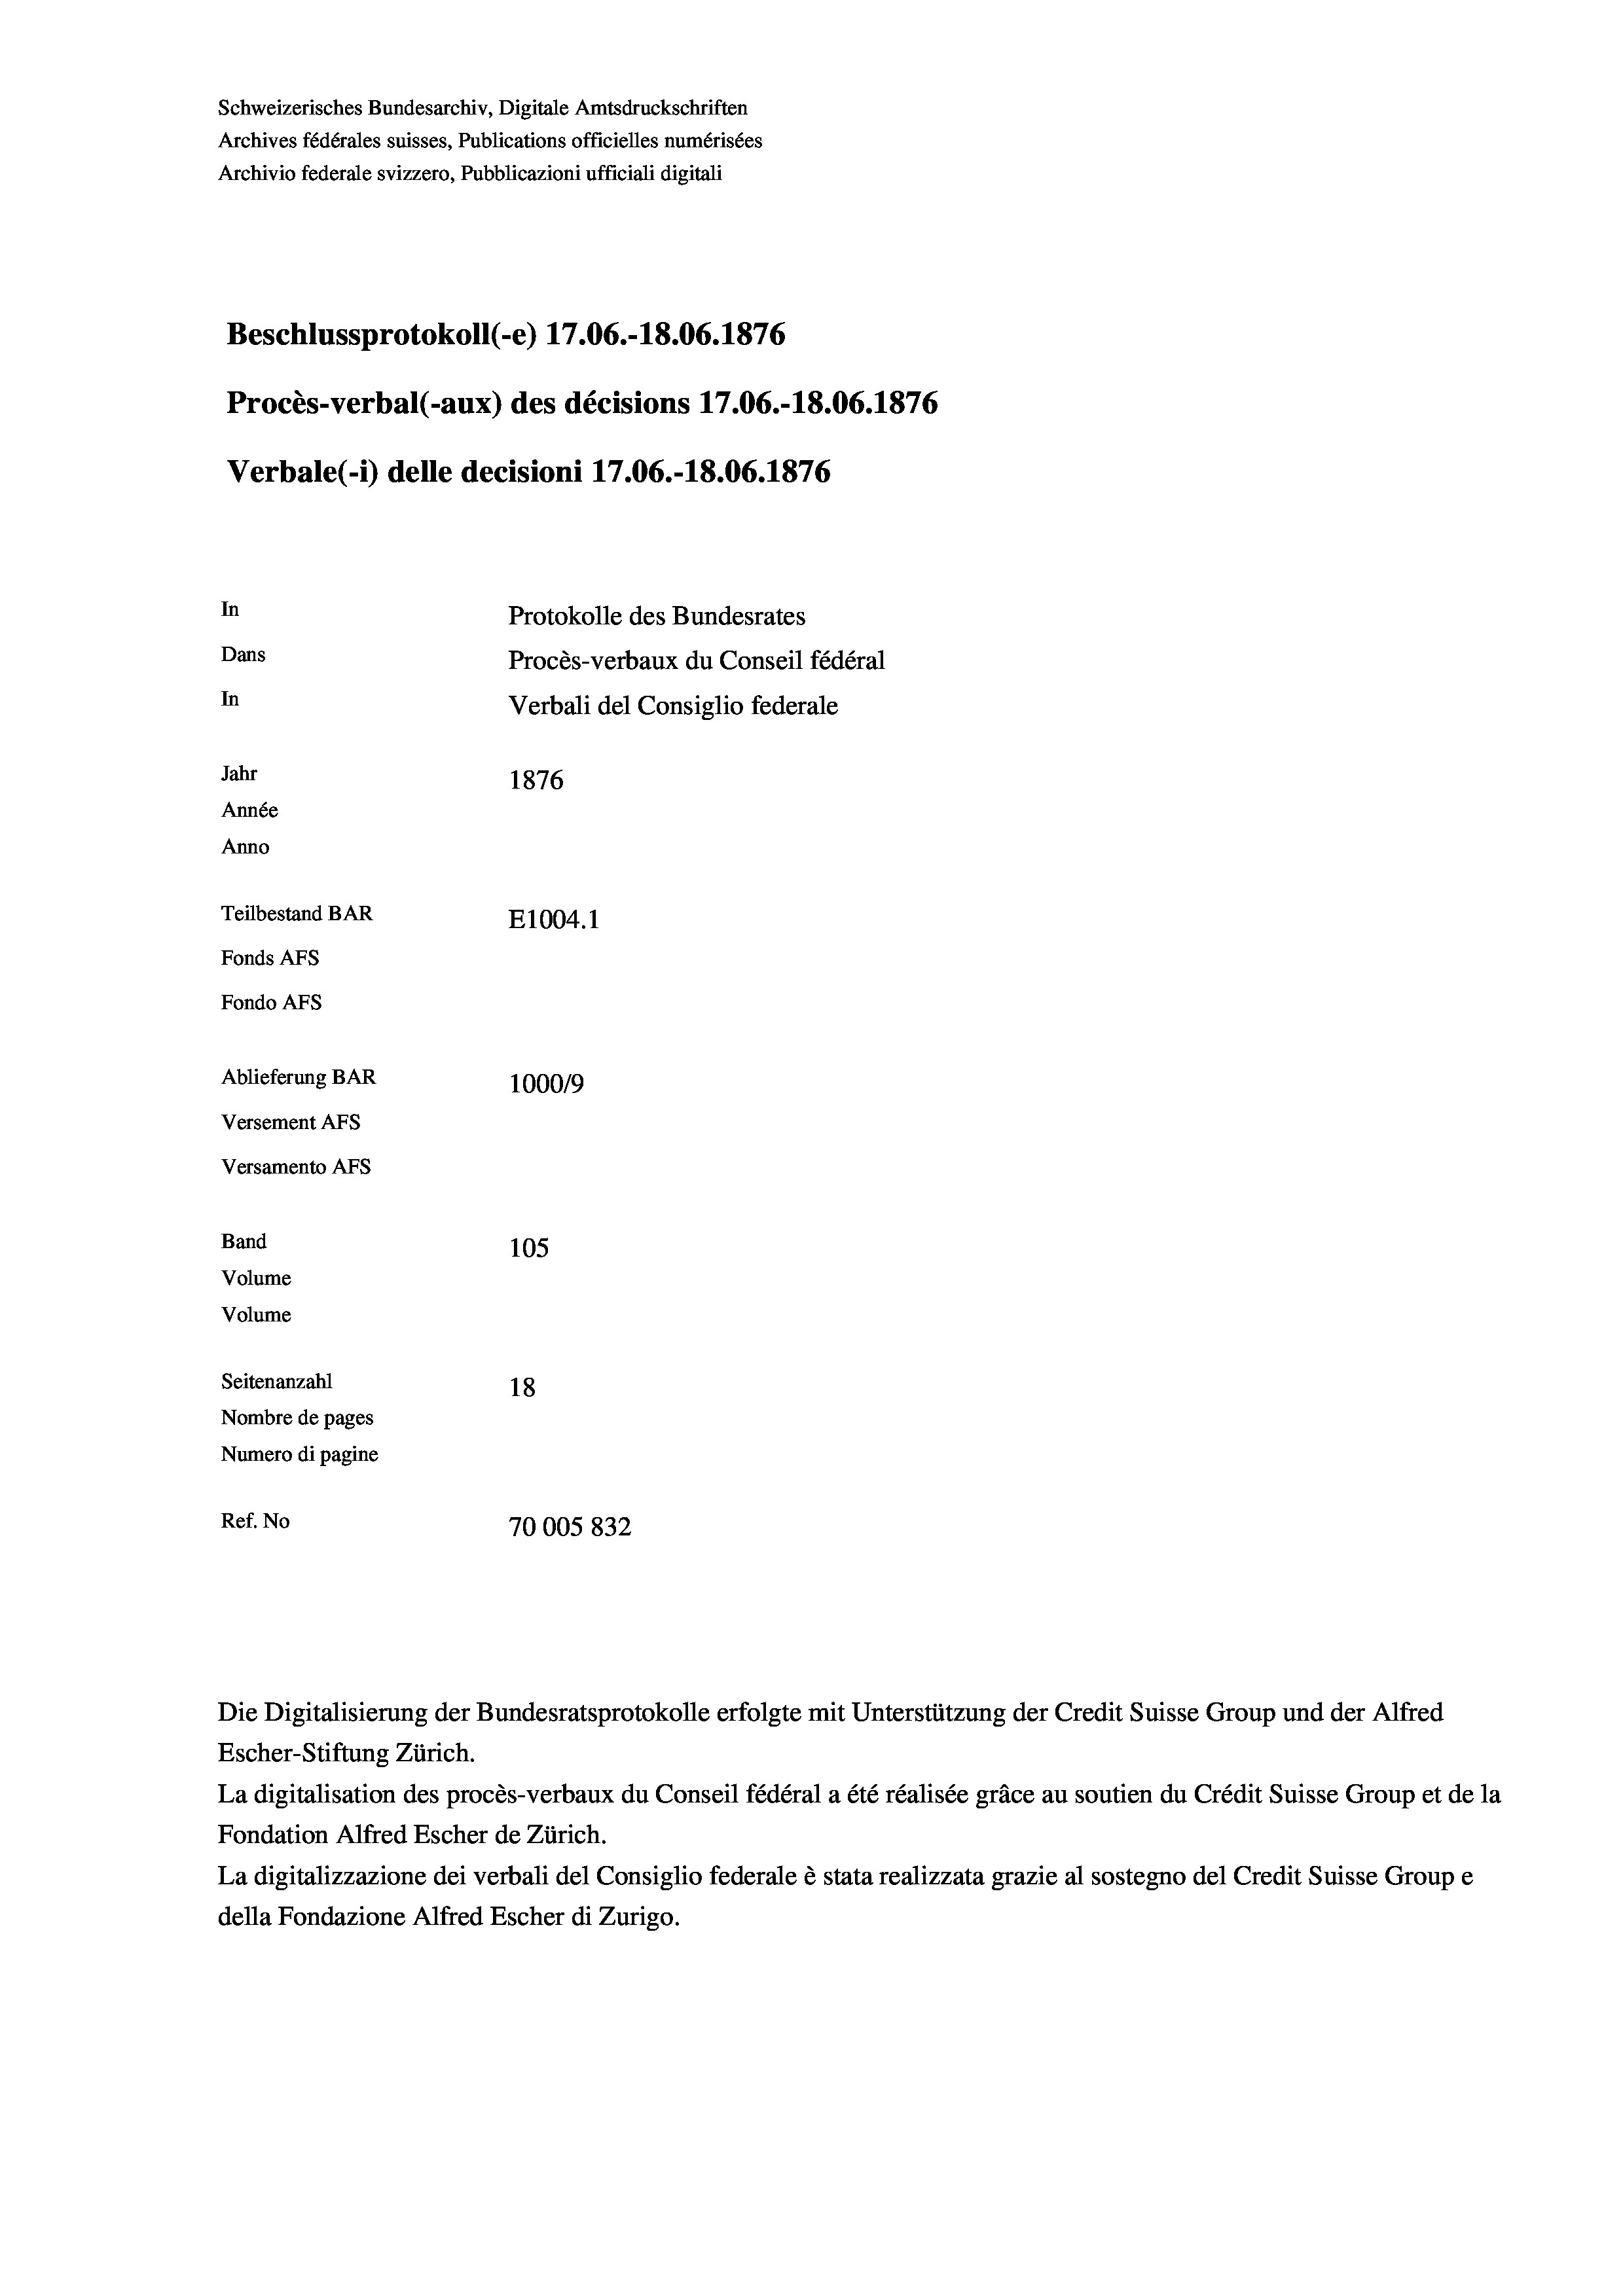
Schweizerisches Bundesarchiv, Digitale Amtsdruckschriften
Archives fédérales suisses, Publications officielles numérisées
Archivio federale svizzero, Pubblicazioni ufficiali digitali
Beschlussprotokoll (-e) 17.06.-18.06. 1876
Procès-verbal (-aux) des décisions 17.06.-18.06. 1876
Verbale(-*) delle decisioni 17.06.-18.06. 1876
In
Protokolle des Bundesrates
Dans
Procès-verbaux du Conseil fédéral
In
Verbali del Consiglio federale
Jahr
1876
Année
Anno
Teilbestand BAR
E1004.1
Fonds AFs
Fondo Afs
Ablieferung BAR
100019
Versement AFs
Versamento Afs
Band
105
Volume
Volume

Seitenanzahl
18
Nombre de pages
Numero di pagine
Ref. No
70005 832

Escher-Stiftung Zürich.
La digitalisation des procès-verbaux du Conseil fédéral a été réalisée gräce au soutien du Crédit Suisse Group et de la
Fondation Alfred Escher de Zürich.
La digitalizzazione dei verbali del Consiglio federale è stata realizzata grazie al sostegno del Credit Suisse Groupe
della Fondazione Alfred Escher di Zurigo.

Die Digitalisierung der Bundesratsprotokolle erfolgte mit Unterstützung der Credit Suisse Group und der Alfred